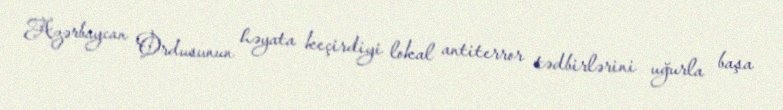
Azərbaycan Ordusunun həyata keçirdiyi lokal antiterror tədbirlərini uğurla başa